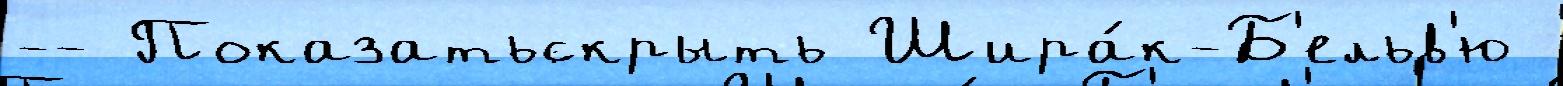
-- Показатьскрыть Шира́к-Б'ельв'ю